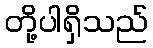
တို့ပါရှိသည်